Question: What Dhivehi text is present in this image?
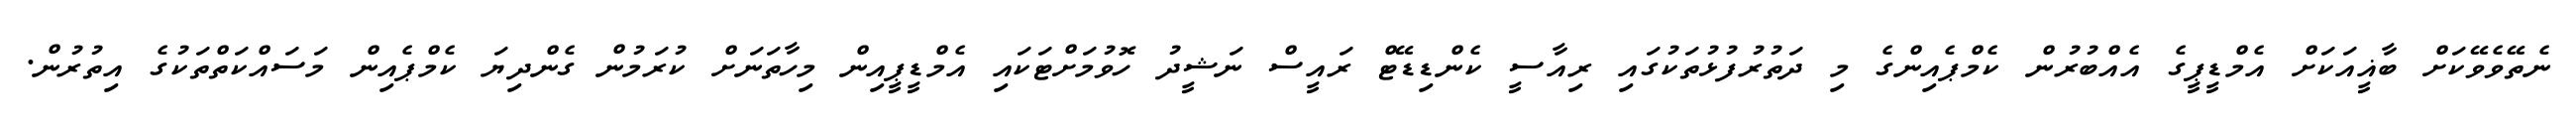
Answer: ނެތޭވެވޭކަށް ބާޣީއަކަށް އެމްޑީޕީގެ އެއްބުރުން ކެމްޕެއިންގެ މި ދަތުރުފުޅުތަކުގައި ރިއާސީ ކެންޑިޑޭޓް ރައީސް ނަޝީދު ހޮވުމަށްޓަކައި އެމްޑީޕީއިން މިހާތަނަށް ކުރަމުން ގެންދިޔަ ކެމްޕެއިން މަސައްކަތްތަކުގެ އިތުރުން.